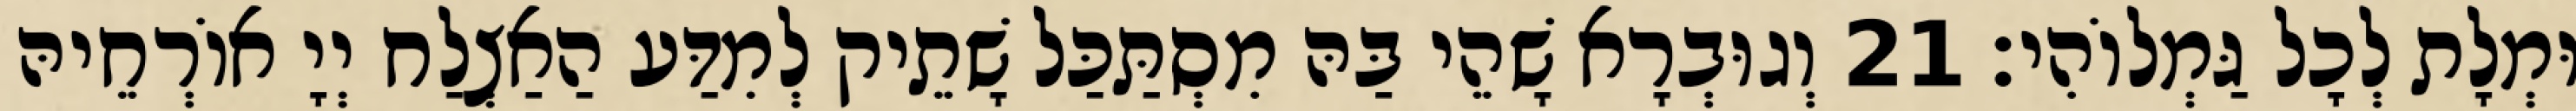
וּמְלָת לְכָל גַּמְלוֹהִי׃ 21 וְגוּבְרָא שָׁהֵי בַּהּ מִסְתַּכַּל שָׁתֵיק לְמִדַּע הַאַצְלַח יְיָ אוֹרְחֵיהּ